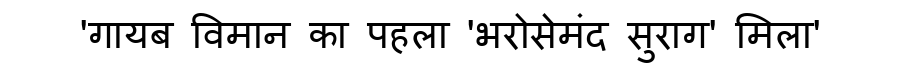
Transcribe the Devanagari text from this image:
'गायब विमान का पहला 'भरोसेमंद सुराग' मिला'